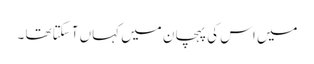
میں اس کی پہچان میں کہاں آ سکتاتھا ۔